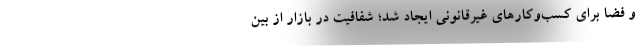
و فضا برای کسب‌وکارهای غیرقانونی ایجاد شد؛ شفافیت در بازار از بین